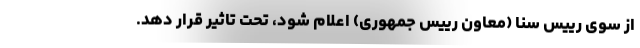
از سوی رییس سنا (معاون رییس جمهوری) اعلام شود، تحت تاثیر قرار دهد.